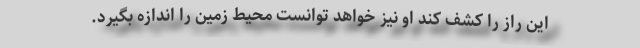
این راز را کشف کند او نیز خواهد توانست محیط زمین را اندازه بگیرد.